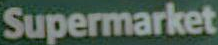
Supermarket